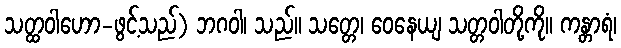
သတ္ထဝါဟော-ဖွင့်သည်) ဘဂဝါ၊ သည်။ သတ္တေ၊ ဝေနေယျ သတ္တဝါတို့ကို။ ကန္တာရံ၊